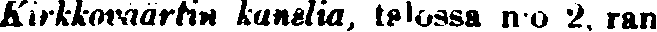
Kirkkowäärtin kanelia, talossa n:o 2, ran